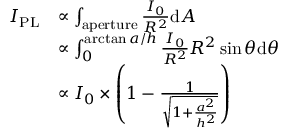
\begin{array} { r l } { I _ { \mathrm { P L } } } & { \propto \int _ { \mathrm { a p e r t u r e } } \frac { I _ { 0 } } { R ^ { 2 } } \mathrm { d } A } \\ & { \propto \int _ { 0 } ^ { \arctan { a / h } } \frac { I _ { 0 } } { R ^ { 2 } } R ^ { 2 } \sin \theta \mathrm { d } \theta } \\ & { \propto I _ { 0 } \times \left( 1 - \frac { 1 } { \sqrt { 1 + \frac { a ^ { 2 } } { h ^ { 2 } } } } \right) } \end{array}